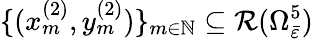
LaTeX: \{ (x_{m}^{(2)},y_{m}^{(2)})\} _{m\in\mathbb{N}}\subseteq\mathcal{R}(\Omega_{\bar{\varepsilon}}^{5})